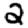
Digit: 2